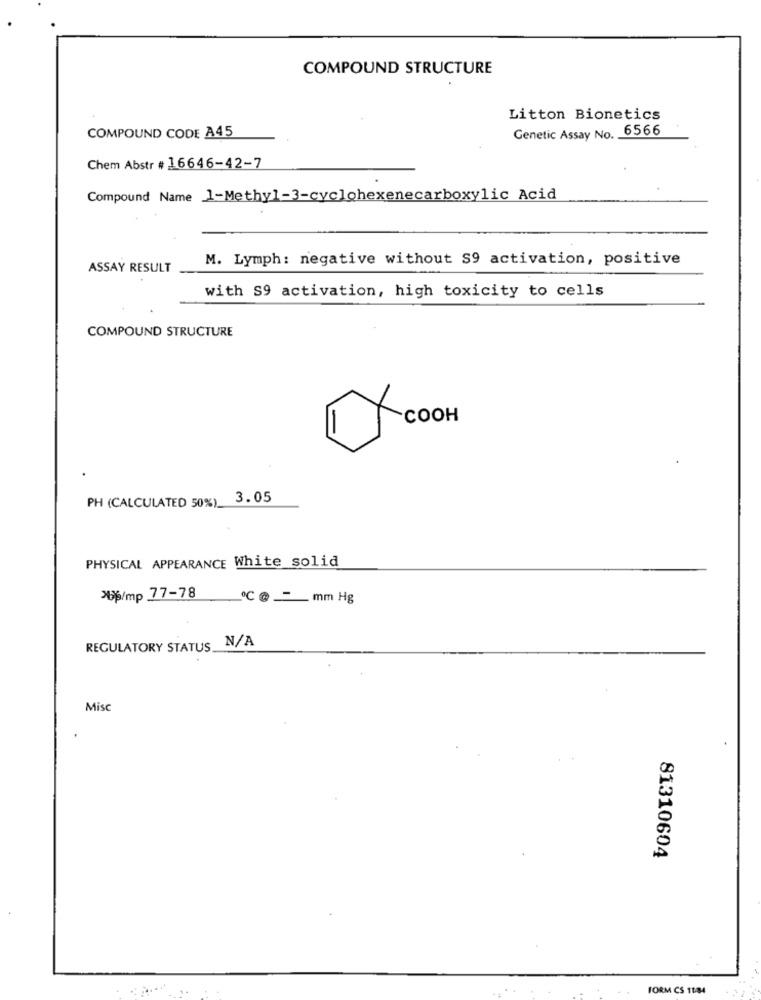
COMPOUND STRUCTURE
Litton Bionetics
Genetic Assay No. 6566
COMPOUND CODE A45
Chem Abstr # 16646-42-7
Compound Name 1-Methyl-3-cyclohexenecarboxylic Acid
M. Lymph: negative without S9 activation, positive
ASSAY RESULT
with S9 activation, high toxicity to cells
COMPOUND STRUCTURE
COOH
PH (CALCULATED 50%)_
3.05
PHYSICAL APPEARANCE White solid
>6/mp 77-78
℃ @ ___ mm Hg
: N/A
REGULATORY STATUS.
Misc
81310604
FORM CS 1184